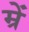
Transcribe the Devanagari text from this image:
म्रें